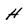
Character: H